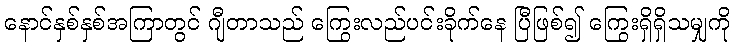
နောင်နှစ်နှစ်အကြာတွင် ဂျီတာသည် ကြွေးလည်ပင်းခိုက်နေ ပြီဖြစ်၍ ကြွေးရှိရှိသမျှကို